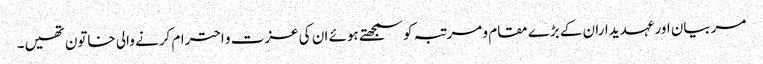
مربیان اور عہدیداران کے بڑے مقام و مرتبہ کو سمجھتے ہوئے ان کی عزت و احترام کرنے والی خاتون تھیں۔